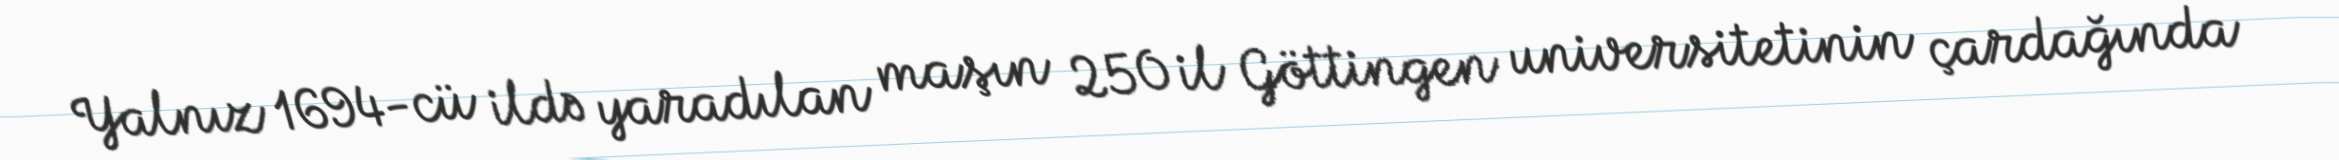
Yalnız 1694-cü ildə yaradılan maşın 250 il Göttingen universitetinin çardağında